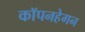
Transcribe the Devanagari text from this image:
कॉपनहेगन